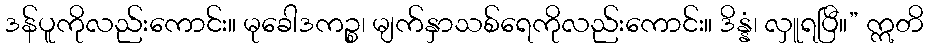
ဒန်ပူကိုလည်းကောင်း။ မုခေါဒကဉ္စ၊ မျက်နှာသစ်ရေကိုလည်းကောင်း။ ဒိန္နံ၊ လှူရပြီ။” ဣတိ